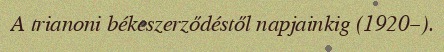
A trianoni békeszerződéstől napjainkig (1920–).